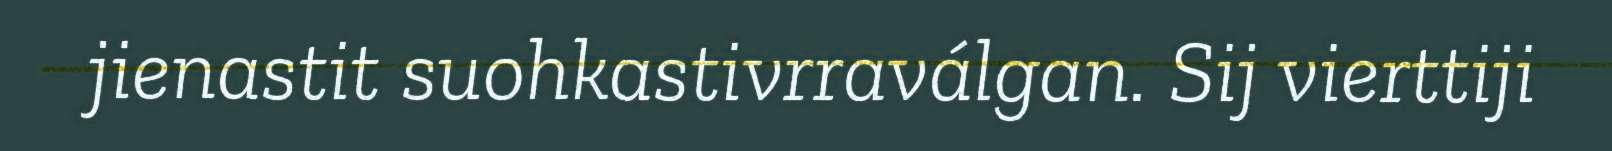
jienastit suohkastivrraválgan. Sij vierttiji